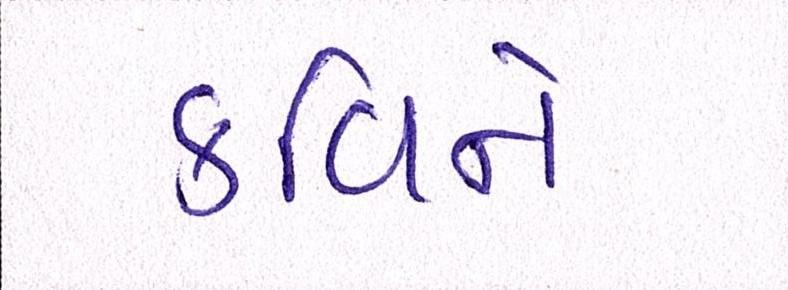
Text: કવિને